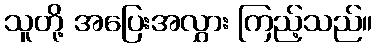
သူတို့ အပြေးအလွှား ကြည့်သည်။